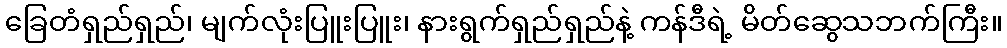
ခြေတံရှည်ရှည်၊ မျက်လုံးပြူးပြူး၊ နားရွက်ရှည်ရှည်နဲ့ ကန်ဒီရဲ့ မိတ်ဆွေသဘက်ကြီး။